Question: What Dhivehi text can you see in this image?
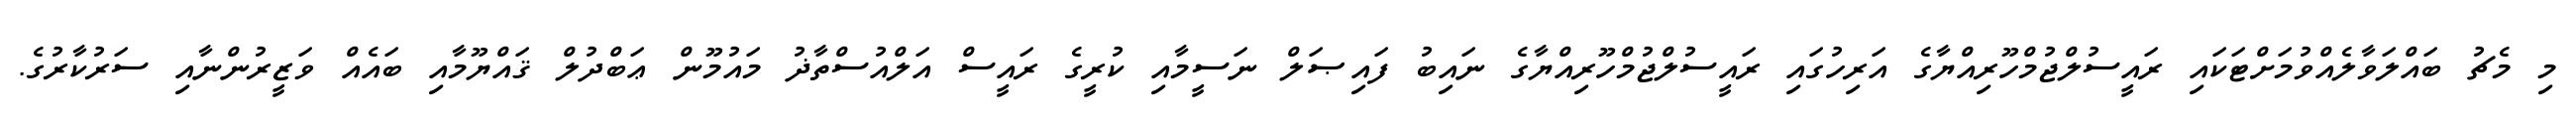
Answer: މި މެޗު ބައްލަވާލެއްވުމަށްޓަކައި ރައީސުލްޖުމްހޫރިއްޔާގެ އަރިހުގައި ރައީސުލްޖުމްހޫރިއްޔާގެ ނައިބު ފައިޞަލް ނަސީމާއި ކުރީގެ ރައީސް އަލްއުސްތާޛު މައުމޫން ޢަބްދުލް ޤައްޔޫމާއި ބައެއް ވަޒީރުންނާއި ސަރުކާރުގެ.